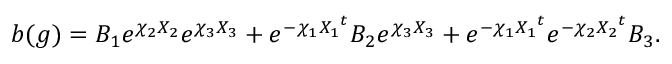
b ( g ) = B _ { 1 } e ^ { \chi _ { 2 } { \cal X } _ { 2 } } e ^ { \chi _ { 3 } { \cal X } _ { 3 } } + e ^ { - \chi _ { 1 } { { \cal X } _ { 1 } } ^ { t } } B _ { 2 } e ^ { \chi _ { 3 } { \cal X } _ { 3 } } + e ^ { - \chi _ { 1 } { { \cal X } _ { 1 } } ^ { t } } e ^ { - \chi _ { 2 } { { \cal X } _ { 2 } } ^ { t } } B _ { 3 } .